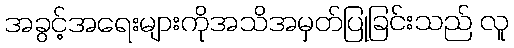
အခွင့်အရေးများကိုအသိအမှတ်ပြုခြင်းသည် လူ